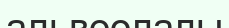
альвеолалы